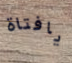
يافتاة